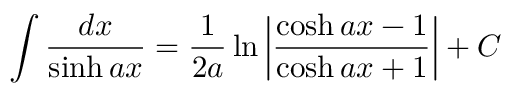
\int { \frac { d x } { \sinh a x } } = { \frac { 1 } { 2 a } } \ln \left| { \frac { \cosh a x - 1 } { \cosh a x + 1 } } \right| + C